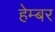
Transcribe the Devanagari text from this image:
हेम्बर